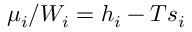
\mu _ { i } / W _ { i } = h _ { i } - T s _ { i }